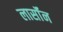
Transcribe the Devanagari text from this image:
लार्सॉन